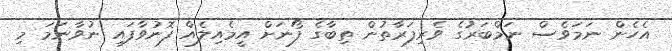
އެހެން ނަމަވެސް ނަމްބަރުގެ ވެރިފަރާތުން ތިބާގެ ފޯނަށް އީމެއިލެއް ފޮނުވާފައި ނުވާނަމަ މި